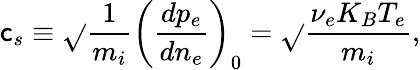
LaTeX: \mathsf{c}_{s}\equiv\sqrt{}{{\frac{{1}}{{m_{i}}}\left(\frac{{dp_{e}}}{{dn_{e}}}\right)_{0}}}=\sqrt{}{{\frac{{\nu_{e}K_{B}T_{e}}}{{m_{i}}}}},